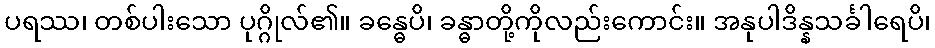
ပရဿ၊ တစ်ပါးသော ပုဂ္ဂိုလ်၏။ ခန္ဓေပိ၊ ခန္ဓာတို့ကိုလည်းကောင်း။ အနုပါဒိန္နသင်္ခါရေပိ၊